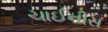
ચાઈનીસ